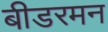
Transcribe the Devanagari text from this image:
बीडरमन